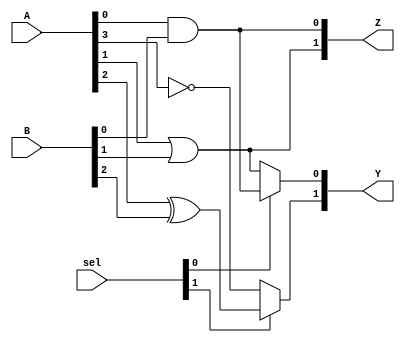
module CLB (
    input wire [3:0] A,    // 4-bit input
    input wire [3:0] B,    // 4-bit input
    input wire [1:0] sel,  // Select signal for multiplexers
    output wire [1:0] Y,    // 2-bit output
    output wire [1:0] Z     // 2-bit output
);

// Internal signals for logic operations
wire and_out, or_out, xor_out, not_out;

// Logic operations
assign and_out = A[0] & B[0]; // AND operation
assign or_out  = A[1] | B[1];  // OR operation
assign xor_out = A[2] ^ B[2];  // XOR operation
assign not_out = ~A[3];         // NOT operation

// Multiplexers for output selection
assign Y[0] = (sel[0]) ? and_out : or_out; // Select between AND and OR for output Y[0]
assign Y[1] = (sel[1]) ? xor_out : not_out; // Select between XOR and NOT for output Y[1]

// Additional output Z can be defined through further logic combinations
assign Z[0] = and_out;  // Direct output of AND operation
assign Z[1] = or_out;   // Direct output of OR operation

endmodule